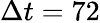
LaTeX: \Delta t=72